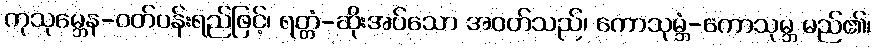
ကုသုမ္ဘေန-ဝတ်ပန်းရည်ဖြင့်၊ ရတ္တံ-ဆိုးအပ်သော အဝတ်သည်၊ ကောသုမ္ဘံ-ကောသုမ္ဘ မည်၏၊